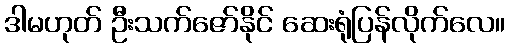
ဒါမဟုတ် ဦးသက်ဇော်နိုင် ဆေးရုံပြန်လိုက်လေ။